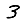
Digit: 3